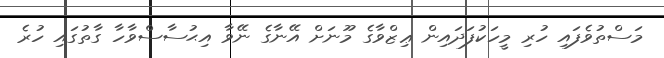
މަސްތުވެފައި ހުރި މީހަކުފަދައިން ޢިޒްވާގެ މޫނަށް އޭނާގެ ނޭވާ އިޙުސާސްވާހާ ގާތުގައި ހުރެ